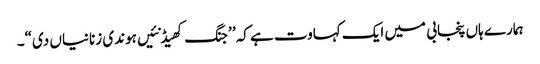
ہمارے ہاں پنجابی میں ایک کہاوت ہے کہ’ ’جنگ کھیڈ نئیں ہوندی زنانیاں دی“۔